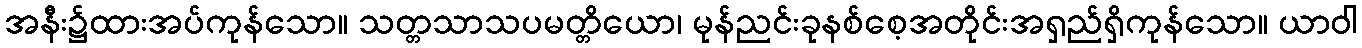
အနီး၌ထားအပ်ကုန်သော။ သတ္တသာသပမတ္တိယော၊ မုန်ညင်းခုနစ်စေ့အတိုင်းအရှည်ရှိကုန်သော။ ယာဝါ